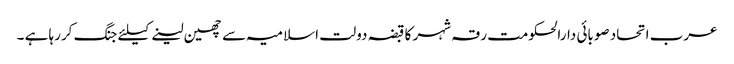
عرب اتحاد صوبائی دارالحکومت رقہ شہر کا قبضہ دولت اسلامیہ سے چھین لینے کیلئے جنگ کررہا ہے ۔